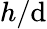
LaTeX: h/\mathrm{d}